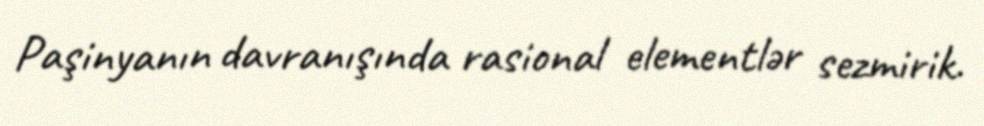
Paşinyanın davranışında rasional elementlər sezmirik.